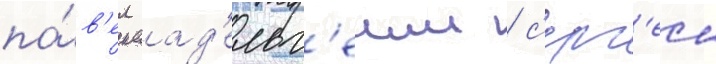
па́в'ел ад'ельг'еим / с'ерг'еи